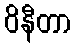
ဝိနီတာ